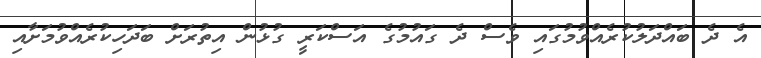
އެ ދެ ބައްދަލުކުރެއްވުމުގައި ވެސް ދެ ގައުމުގެ އަސްކަރީ ގުޅުން އިތުރަށް ބަދަހިކުރެއްވުމަށާއި